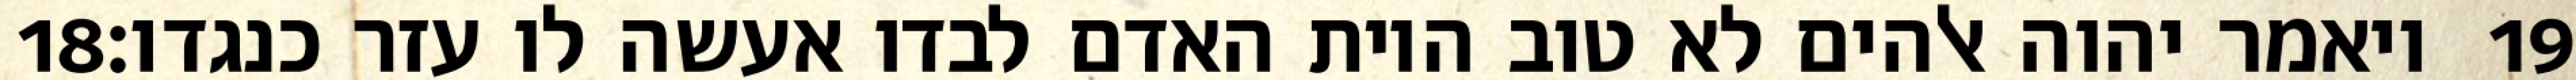
‎18‏ ויאמר יהוה אלהים לא טוב היות האדם לבדו אעשה לו עזר כנגדו׃ ‎19‏